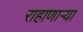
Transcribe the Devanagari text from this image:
राहाणाऱ्या